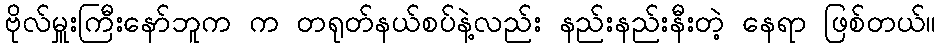
ဗိုလ်မှူးကြီးနော်ဘူက က တရုတ်နယ်စပ်နဲ့လည်း နည်းနည်းနီးတဲ့ နေရာ ဖြစ်တယ်။